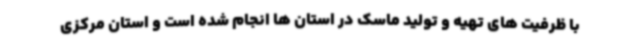
با ظرفیت های تهیه و تولید ماسک در استان ها انجام شده است و استان مرکزی